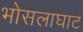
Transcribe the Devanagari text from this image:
भोसलाघाट